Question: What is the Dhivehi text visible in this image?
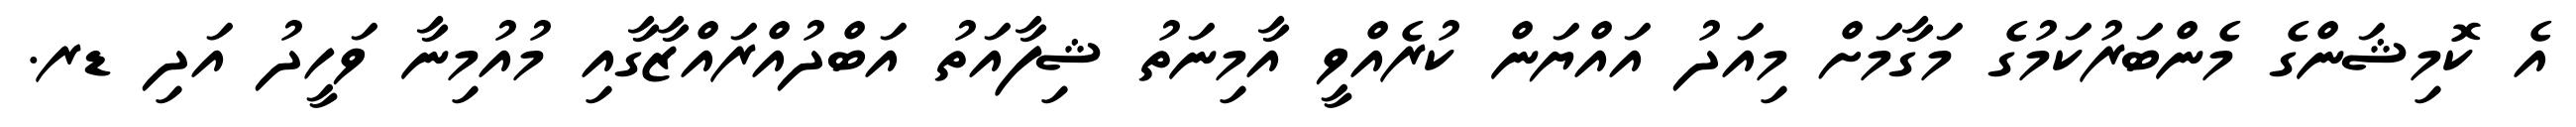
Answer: އެ ކޮމިޝަންގެ މެންބަރުކަމުގެ މަގާމަށް މިއަދު އައްޔަން ކުރެއްވީ އާމިނަތު ޝިފާއަތު އަބްދުއްރައްޒާގާއި މުއުމިނާ ވަހީދު އަދި ޑރ.